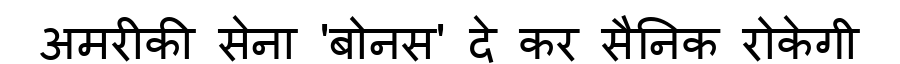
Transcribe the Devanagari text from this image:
अमरीकी सेना 'बोनस' दे कर सैनिक रोकेगी